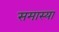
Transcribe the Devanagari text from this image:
समास्या